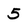
Character: 5